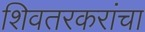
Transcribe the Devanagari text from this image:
शिवतरकरांचा